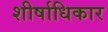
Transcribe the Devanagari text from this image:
शीर्षाधिकार